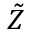
\tilde { Z }